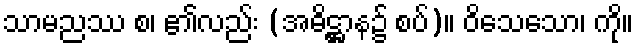
သာမညဿ စ၊ ၏လည်း (အဓိဋ္ဌာန၌ စပ်)။ ဝိသေသော၊ ကို။